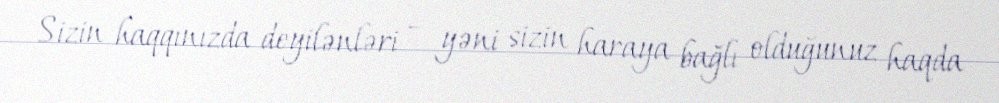
Sizin haqqınızda deyilənləri – yəni sizin haraya bağlı olduğunuz haqda